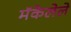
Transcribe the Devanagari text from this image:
मॅकेलेले